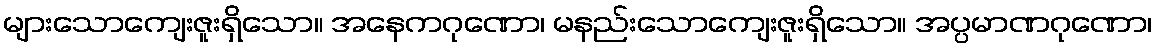
များသောကျေးဇူးရှိသော။ အနေကဂုဏော၊ မနည်းသောကျေးဇူးရှိသော။ အပ္ပမာဏဂုဏော၊